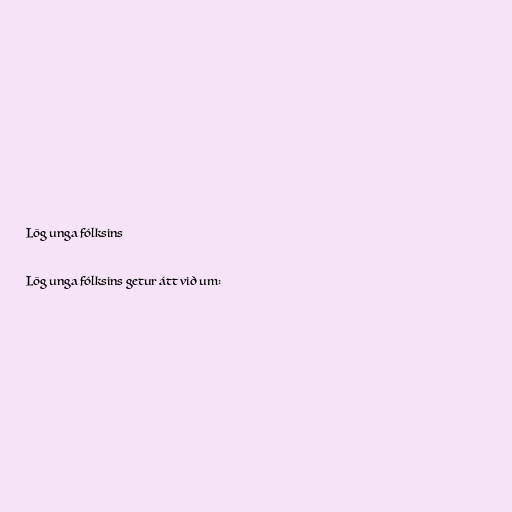
Lög unga fólksins

Lög unga fólksins getur átt við um: